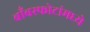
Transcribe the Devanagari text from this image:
बाँबस्फोटांमध्ये